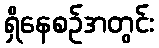
ရှိနေစဉ်အတွင်း